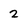
Character: 2